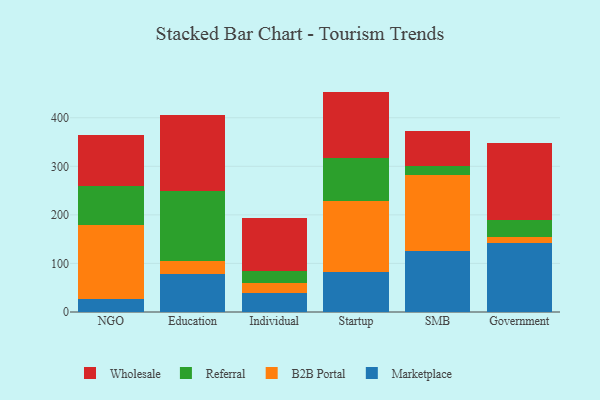
{"axis": {"x": "Segment", "y": "Page Views"}, "legend": ["B2B Portal", "Marketplace", "Referral", "Wholesale"], "data": [{"x": "NGO", "y": 26.6, "type": "Marketplace"}, {"x": "NGO", "y": 153.0, "type": "B2B Portal"}, {"x": "NGO", "y": 79.1, "type": "Referral"}, {"x": "NGO", "y": 106.7, "type": "Wholesale"}, {"x": "Education", "y": 78.7, "type": "Marketplace"}, {"x": "Education", "y": 25.4, "type": "B2B Portal"}, {"x": "Education", "y": 144.7, "type": "Referral"}, {"x": "Education", "y": 157.2, "type": "Wholesale"}, {"x": "Individual", "y": 40.0, "type": "Marketplace"}, {"x": "Individual", "y": 19.7, "type": "B2B Portal"}, {"x": "Individual", "y": 23.7, "type": "Referral"}, {"x": "Individual", "y": 110.6, "type": "Wholesale"}, {"x": "Startup", "y": 83.1, "type": "Marketplace"}, {"x": "Startup", "y": 146.4, "type": "B2B Portal"}, {"x": "Startup", "y": 88.3, "type": "Referral"}, {"x": "Startup", "y": 136.0, "type": "Wholesale"}, {"x": "SMB", "y": 125.5, "type": "Marketplace"}, {"x": "SMB", "y": 157.1, "type": "B2B Portal"}, {"x": "SMB", "y": 18.5, "type": "Referral"}, {"x": "SMB", "y": 72.2, "type": "Wholesale"}, {"x": "Government", "y": 141.5, "type": "Marketplace"}, {"x": "Government", "y": 12.4, "type": "B2B Portal"}, {"x": "Government", "y": 35.7, "type": "Referral"}, {"x": "Government", "y": 157.4, "type": "Wholesale"}]}